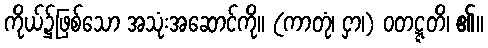
ကိုယ်၌ဖြစ်သော အသုံးအဆောင်ကို။ (ကာတုံ၊ ငှာ၊) ဝတဋ္ဋတိ၊ ၏။